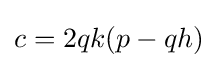
c=2qk(p-qh)